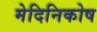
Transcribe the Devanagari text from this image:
मेदिनिकोष